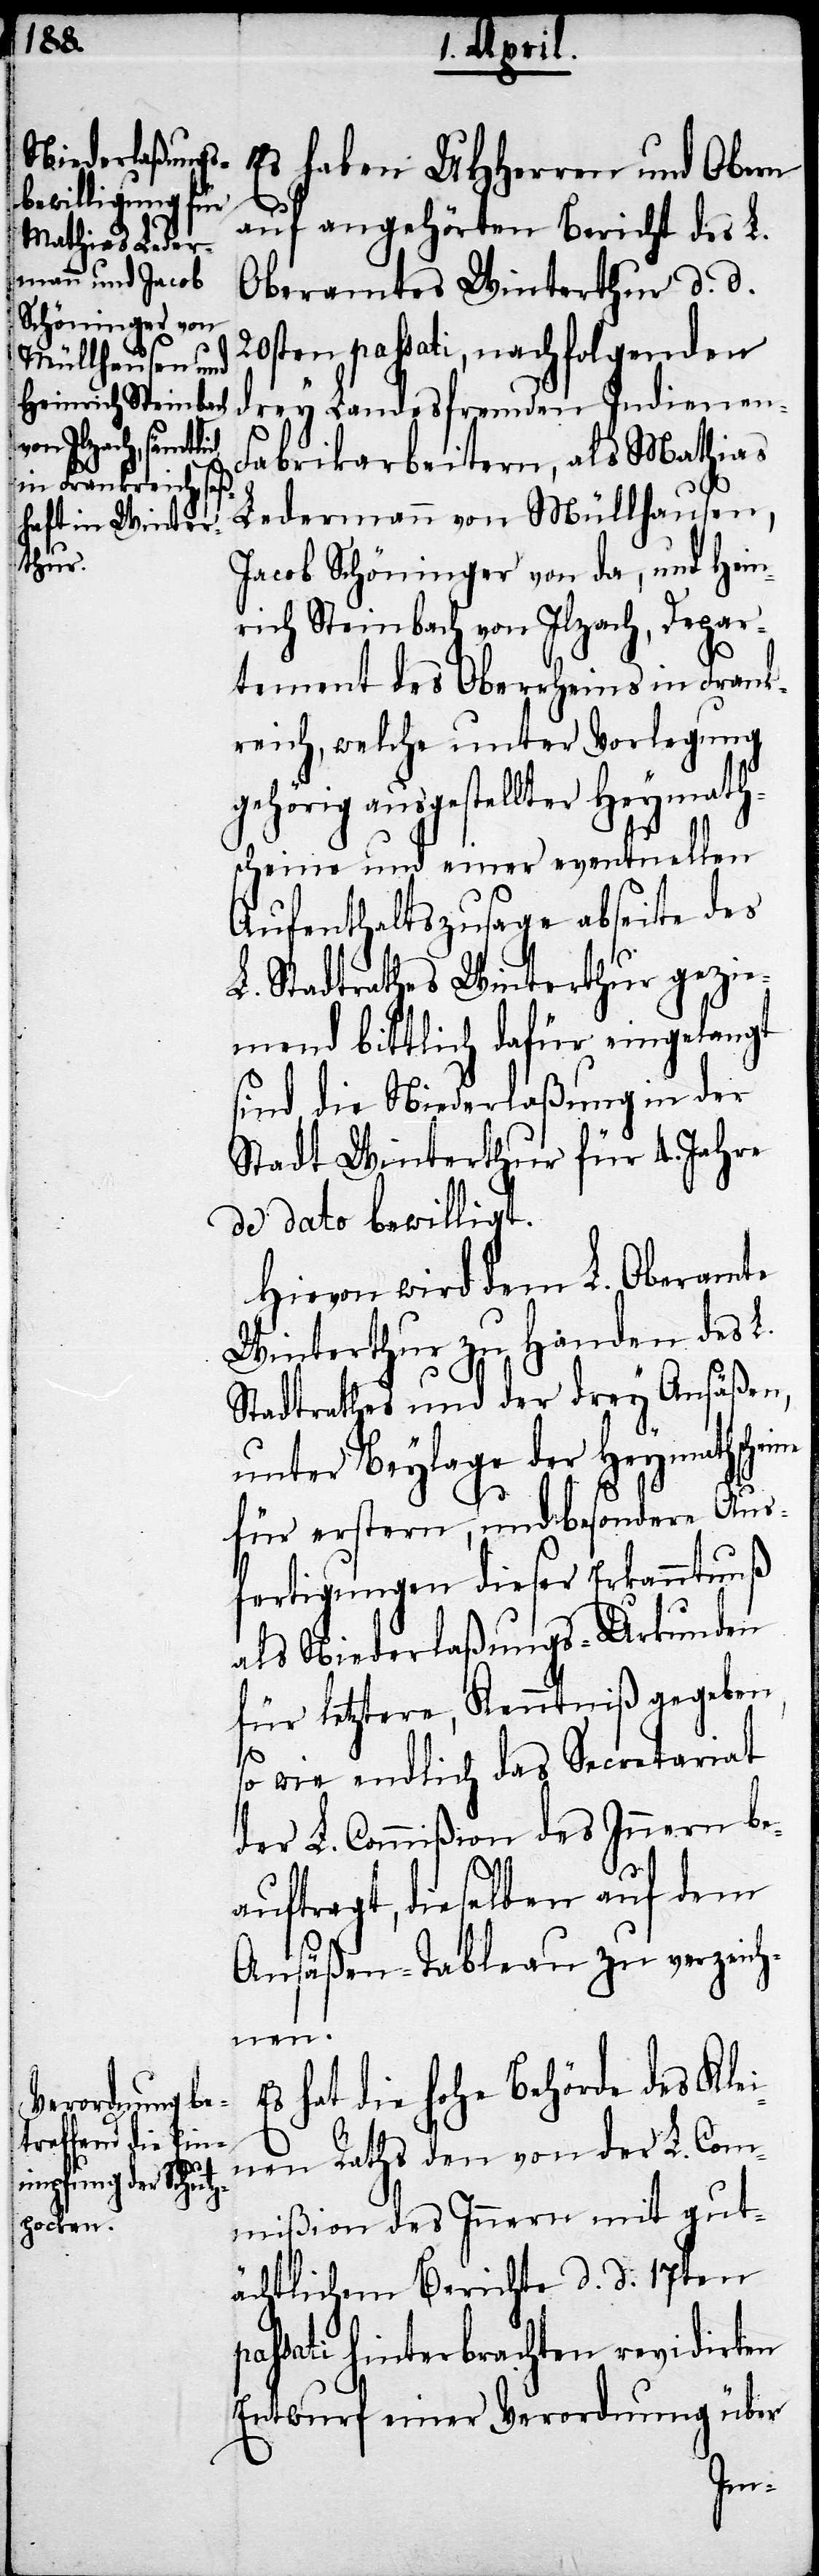
Es haben UHHerren und Obern
auf angehörten Bericht des L.
Oberamtes Winterthur d. d.
20sten passati, nachfolgenden
drey Landesfremden Indienen-F¬
rabrikarbeitern, Mathias
Ledermann von Müllhausen,
Jacob Schöninger von da, und Hein¬
rich Steinbach von Ilzach, Depar¬
tement des Oberrheins in Frank¬
reich, welche unter Vorlegung
gehörig ausgestellter Heymath¬
scheine und einer eventuellen
Aufenthaltszusage abseite des
L. Stadtrathes Winterthur gezie¬
mend bittlich dafür eingelangt
sind, die Niederlaßung in der
Stadt Winterthur für 4. Jahre
de dato bewilligt.
Hievon wird dem L. Oberamte
Winterthur zu Handen des L.
Stadtrathes und der drey Ansäßen,
unter Beylage der Heymathsche¬
für erstern, und besondere Aus¬
fertigungen dieser Erkanntnuß
als Niederlaßungs-Urkunden
für letztere, Kenntniß gegeben,
so wie endlich das Secretariat
der L. Commißion des Innern be¬
auftragt, dieselben auf dem
Ansäßen-Tableau zu verzeich¬
nen.
hat die hohe Behörde des Klei¬
nen Raths den von der L. Com¬
mißion des Innern mit gut¬
ächtlichem Berichte d. d. 17ten
passati hinterbrachten revidierten
Entwurf einer Verordnung über
ine